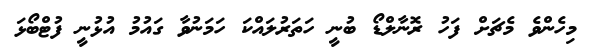
މިހެންވެ މެޗަށް ފަހު ރޮނާލްޑޯ ބުނީ ހަތަރުލައްކަ ހަމަނުވާ ގައުމު އުޅުނީ ފުޓްބޯޅަ